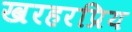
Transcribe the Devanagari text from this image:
खरहरप्रिय